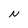
Character: N